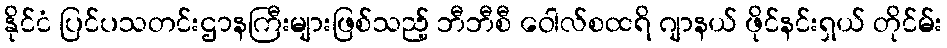
နိုင်ငံ ပြင်ပသတင်းဌာနကြီးများဖြစ်သည့် ဘီဘီစီ ဝေါလ်စထရိ ဂျာနယ် ဖိုင်နင်းရှယ် တိုင်မ်း